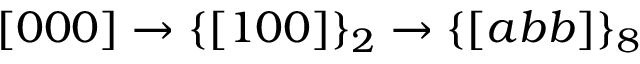
[ 0 0 0 ] \rightarrow \{ [ 1 0 0 ] \} _ { 2 } \rightarrow \{ [ a b b ] \} _ { 8 }